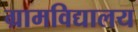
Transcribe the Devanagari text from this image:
ग्रामविद्यालय